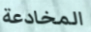
المخادعة